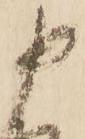
申